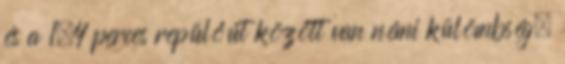
és a 1,4 perces repülőút között van némi külömbség.